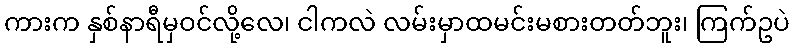
ကားက နှစ်နာရီမှဝင်လို့လေ၊ ငါကလဲ လမ်းမှာထမင်းမစားတတ်ဘူး၊ ကြက်ဥပဲ